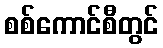
စစ်ကောင်စီတွင်